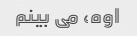
اوه، می بینم